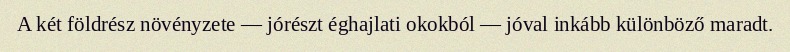
A két földrész növényzete — jórészt éghajlati okokból — jóval inkább különböző maradt.